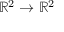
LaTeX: \mathbb { R } ^ { 2 } \to \mathbb { R } ^ { 2 }